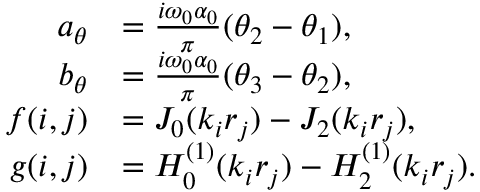
\begin{array} { r l } { a _ { \theta } } & { = \frac { i \omega _ { 0 } \alpha _ { 0 } } { \pi } ( \theta _ { 2 } - \theta _ { 1 } ) , } \\ { b _ { \theta } } & { = \frac { i \omega _ { 0 } \alpha _ { 0 } } { \pi } ( \theta _ { 3 } - \theta _ { 2 } ) , } \\ { f ( i , j ) } & { = J _ { 0 } ( k _ { i } r _ { j } ) - J _ { 2 } ( k _ { i } r _ { j } ) , } \\ { g ( i , j ) } & { = H _ { 0 } ^ { ( 1 ) } ( k _ { i } r _ { j } ) - H _ { 2 } ^ { ( 1 ) } ( k _ { i } r _ { j } ) . } \end{array}